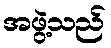
အဖွဲ့သည်